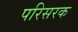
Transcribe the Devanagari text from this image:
परिसरक